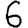
Digit: 6